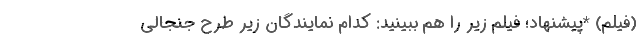
(فیلم) *پیشنهاد؛ فیلم‌ زیر را هم ببینید: کدام نمایندگان زیر طرح جنجالی